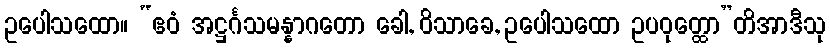
ဥပေါသထော။ “ဧဝံ အဋ္ဌင်္ဂသမန္နာဂတော ခေါ, ဝိသာခေ, ဥပေါသထော ဥပဝုတ္ထော”တိအာဒီသု